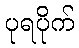
ပုရပိုက်